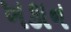
ખકાન